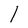
Character: l